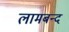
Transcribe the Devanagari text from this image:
लामबन्द